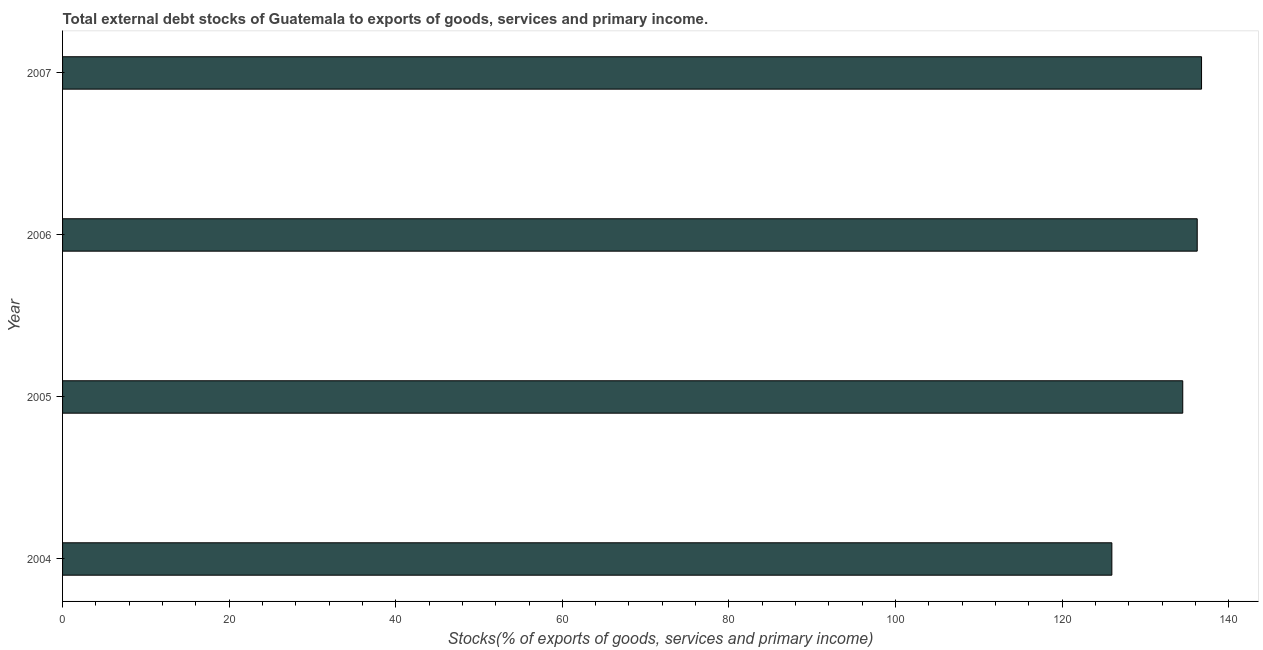
| Year | External debt stocks (% of exports of goods |
 | --- | --- |
 | 2004 | 126 |
 | 2005 | 134 |
 | 2006 | 136 |
 | 2007 | 137 |